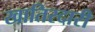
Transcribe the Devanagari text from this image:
खातिरदारी